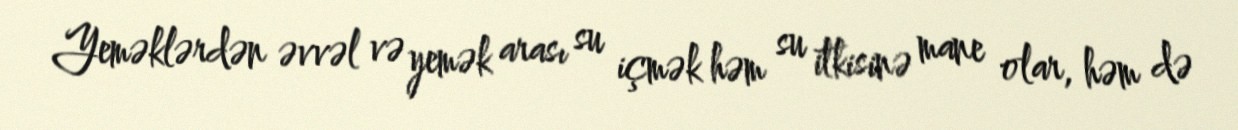
Yeməklərdən əvvəl və yemək arası su içmək həm su itkisinə mane olar, həm də